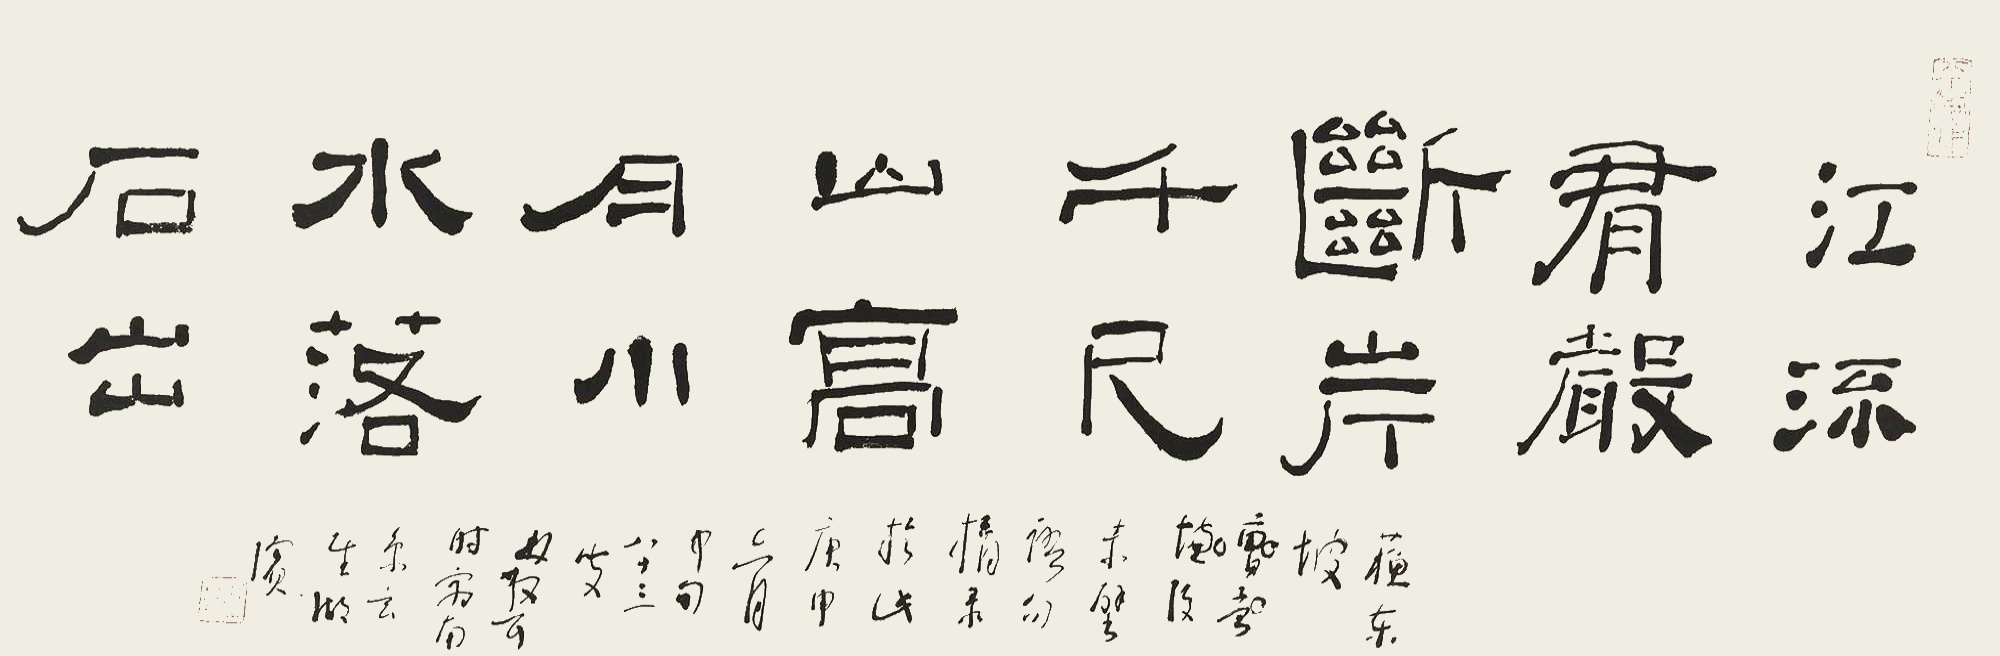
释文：江流有声，断岸千尺；山高月小，水落石出。苏东坡后赤壁语句。摘录于此。庚申(1980)六月中旬，八十三叟林散耳，时客南京玄武湖滨。